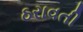
ઠરાવતી